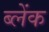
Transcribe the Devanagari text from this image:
ब्लेंक